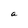
Character: a